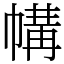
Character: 㡚